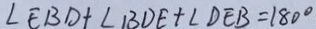
\angle E B D + \angle B D E + \angle D E B = 1 8 0 ^ { \circ }